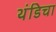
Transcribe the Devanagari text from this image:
थंडिचा